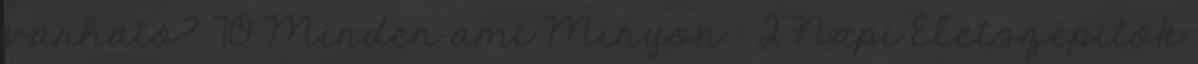
várható? 70 Minden ami Minyon : 2 Napi Életszépítők